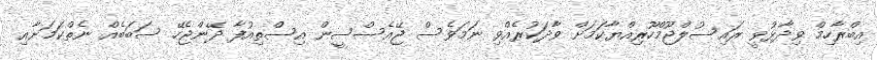
އިބްރާހިމް ވިދާޅުވީ ރައިސުލްޖޫމްހޫރިއްޔާކަމަށް ވާދަކުރެއްވި ނަމަވެސް ޖޭއެސްސީން އިސްތިއުފާ ދޭންޖެހޭ ސަބަބެއް ނެތްކަމަށާއި